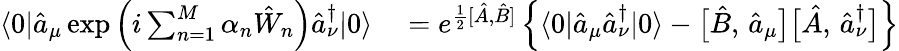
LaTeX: \begin{array}{rl}{\langle 0|\hat{a}_{\mu}\exp\left(i\sum_{n=1}^{M}\alpha_{n}\hat{W}_{n}\right)\hat{a}_{\nu}^{\dagger}|0\rangle}&{{}=e^{\frac{1}{2}[\hat{A},\hat{B}]}\left\{ \langle 0|\hat{a}_{\mu}\hat{a}_{\nu}^{\dagger}|0\rangle-\bigl[\hat{B},\, \hat{a}_{\mu}\bigr]\bigl[\hat{A},\, \hat{a}_{\nu}^{\dagger}\bigr]\right\} }\end{array}